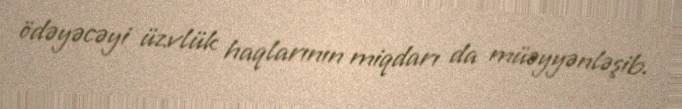
ödəyəcəyi üzvlük haqlarının miqdarı da müəyyənləşib.